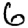
Digit: 6